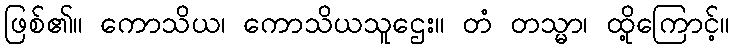
ဖြစ်၏။ ကောသိယ၊ ကောသိယသူဌေး။ တံ တသ္မာ၊ ထို့ကြောင့်။